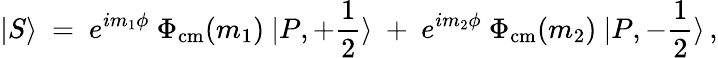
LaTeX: |S\rangle~=~e^{im_{1}\phi}~\Phi_{\mathrm{cm}}(m_{1})~|P,+{\frac{1}{2}}\rangle~+~e^{im_{2}\phi}~\Phi_{\mathrm{cm}}(m_{2})~|P,-{\frac{1}{2}}\rangle\, ,